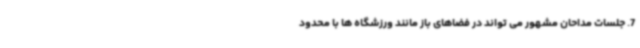
7. جلسات مداحان مشهور می تواند در فضاهای باز مانند ورزشگاه ها با محدود